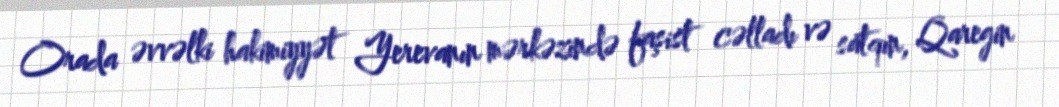
Orada əvvəlki hakimiyyət Yerevanın mərkəzində faşist cəlladı və satqın, Qaregin